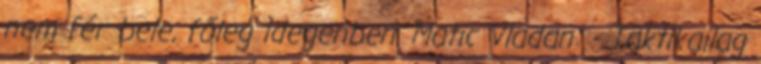
nem fér bele, főleg idegenben. Matic Vladan: - Taktikailag